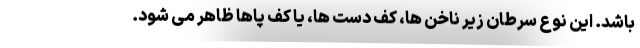
باشد. این نوع سرطان زیر ناخن ها، کف دست ها، یا کف پاها ظاهر می شود.